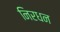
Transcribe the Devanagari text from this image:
निरधन